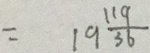
= 1 9 \frac { 1 1 9 } { 3 6 }